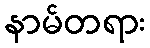
နာမ်တရား